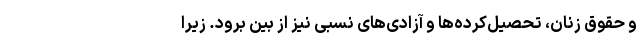
و حقوق زنان، تحصیل‌کرده‌ها و آزادی‌های نسبی نیز از بین برود. زیرا